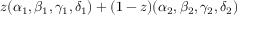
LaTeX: z ( \alpha _ { 1 } , \beta _ { 1 } , \gamma _ { 1 } , \delta _ { 1 } ) + ( 1 - z ) ( \alpha _ { 2 } , \beta _ { 2 } , \gamma _ { 2 } , \delta _ { 2 } )